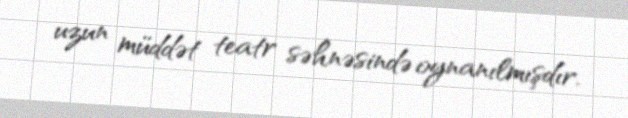
uzun müddət teatr səhnəsində oynanılmışdır.